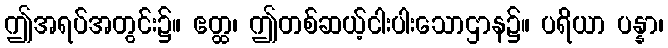
ဤအရပ်အတွင်း၌။ ဧတ္ထ၊ ဤတစ်ဆယ့်ငါးပါးသောဌာန၌။ ပရိယာ ပန္နာ၊